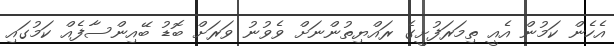
އެހެން ކަމުން އެއީ ތިމަރަފުށީގެ ރައްޔިތުންނަށް ވެވުނު ވަރަށް ބޮޑު ބޭއިންސާފެއް ކަމުގައި